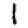
Digit: 1